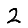
Digit: 2